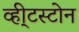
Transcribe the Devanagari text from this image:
व्ही्टस्टोन